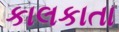
કાલકાતા